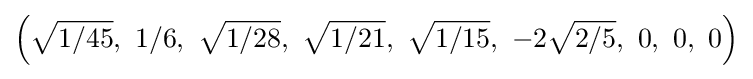
\left({\sqrt {1/45}},\ 1/6,\ {\sqrt {1/28}},\ {\sqrt {1/21}},\ {\sqrt {1/15}},\ -2{\sqrt {2/5}},\ 0,\ 0,\ 0\right)